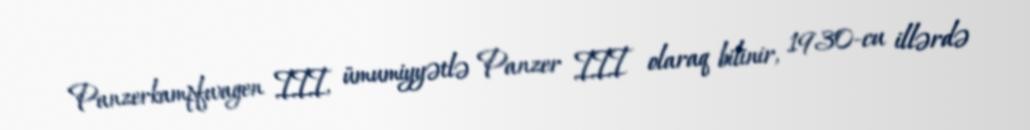
Panzerkampfwagen III, ümumiyyətlə Panzer III olaraq bilinir, 1930-cu illərdə